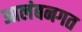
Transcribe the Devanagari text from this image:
आलंबनगत